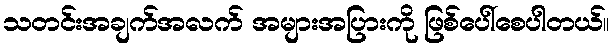
သတင်းအချက်အလက် အများအပြားကို ဖြစ်ပေါ်စေပါတယ်။